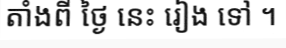
តាំងពី ថ្ងៃ នេះ រៀង ទៅ ។